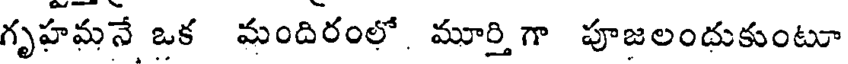
గృహమనే ఒక మందిరంలో. మూర్తిగా పూజలందుకుంటూ